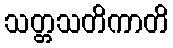
သတ္တသတိကာတိ